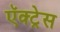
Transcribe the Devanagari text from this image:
ऍक्ट्रेस